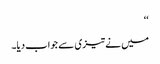
‘‘
میں نے تیزی سے جواب دیا۔